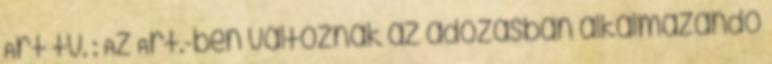
Art tv. : Az Art.-ben változnak az adózásban alkalmazandó